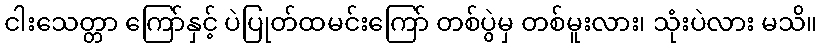
ငါးသေတ္တာ ကြော်နှင့် ပဲပြုတ်ထမင်းကြော် တစ်ပွဲမှ တစ်မူးလား၊ သုံးပဲလား မသိ။